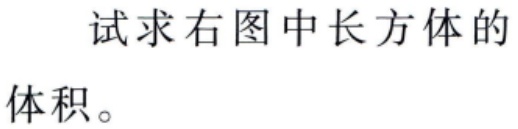
试求右图中长方体的
体积。